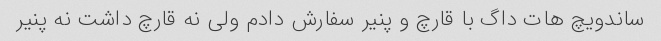
ساندویچ هات داگ با قارچ و پنیر سفارش دادم ولی نه قارچ داشت نه پنیر